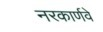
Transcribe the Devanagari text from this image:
नरकार्णवे